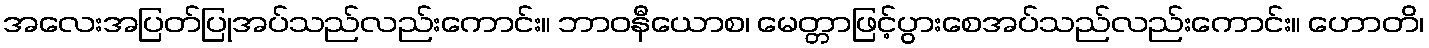
အလေးအပြတ်ပြုအပ်သည်လည်းကောင်း။ ဘာဝနီယောစ၊ မေတ္တာဖြင့်ပွားစေအပ်သည်လည်းကောင်း။ ဟောတိ၊